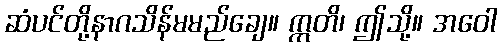
ဆံပင်တို့နာဂသိန်မမည်ချေ။ ဣတိ၊ ဤသို့။ အဝေါ